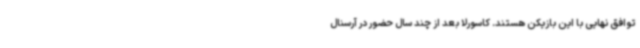
توافق نهایی با این بازیکن هستند. کاسورلا بعد از چند سال حضور در آرسنال